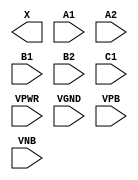
module sky130_fd_sc_hdll__o221a (
    X   ,
    A1  ,
    A2  ,
    B1  ,
    B2  ,
    C1  ,
    VPWR,
    VGND,
    VPB ,
    VNB
);

    output X   ;
    input  A1  ;
    input  A2  ;
    input  B1  ;
    input  B2  ;
    input  C1  ;
    input  VPWR;
    input  VGND;
    input  VPB ;
    input  VNB ;
endmodule